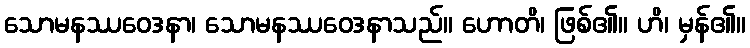
သောမနဿဝေဒနာ၊ သောမနဿဝေဒနာသည်။ ဟောတိ၊ ဖြစ်၏။ ဟိ၊ မှန်၏။